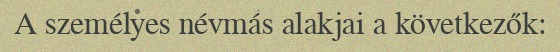
A személyes névmás alakjai a következők: